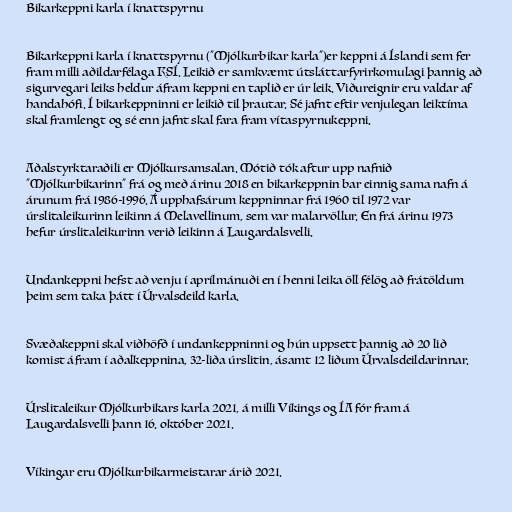
Bikarkeppni karla í knattspyrnu

Bikarkeppni karla í knattspyrnu ("Mjólkurbikar karla")er keppni á Íslandi sem fer
fram milli aðildarfélaga KSÍ. Leikið er samkvæmt útsláttarfyrirkomulagi þannig að
sigurvegari leiks heldur áfram keppni en taplið er úr leik. Viðureignir eru valdar af
handahófi. Í bikarkeppninni er leikið til þrautar. Sé jafnt eftir venjulegan leiktíma
skal framlengt og sé enn jafnt skal fara fram vítaspyrnukeppni.

Aðalstyrktaraðili er Mjólkursamsalan. Mótið tók aftur upp nafnið
"Mjólkurbikarinn" frá og með árinu 2018 en bikarkeppnin bar einnig sama nafn á
árunum frá 1986-1996. Á upphafsárum keppninnar frá 1960 til 1972 var
úrslitaleikurinn leikinn á Melavellinum, sem var malarvöllur. En frá árinu 1973
hefur úrslitaleikurinn verið leikinn á Laugardalsvelli.

Undankeppni hefst að venju í aprílmánuði en í henni leika öll félög að frátöldum
þeim sem taka þátt í Úrvalsdeild karla.

Svæðakeppni skal viðhöfð í undankeppninni og hún uppsett þannig að 20 lið
komist áfram í aðalkeppnina, 32-liða úrslitin, ásamt 12 liðum Úrvalsdeildarinnar.

Úrslitaleikur Mjólkurbikars karla 2021, á milli Víkings og ÍA fór fram á
Laugardalsvelli þann 16. október 2021.

Víkingar eru Mjólkurbikarmeistarar árið 2021.